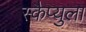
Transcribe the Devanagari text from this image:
स्कैप्युला